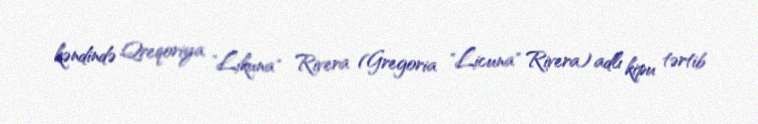
kəndində Qreqoriya "Likuna" Rivera (Gregoria "Licuna" Rivera) adlı kipu tərtib